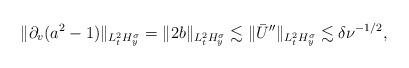
LaTeX: \begin{align*} \Vert \partial_v{(a^2-1)}\Vert_{L^2_tH^\sigma_y} =\Vert 2b\Vert_{L^2_tH^\sigma_y} \lesssim \Vert \bar{U}''\Vert_{L^2_tH^\sigma_y} \lesssim \delta \nu^{-1/2}, \end{align*}